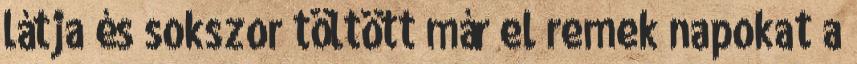
látja és sokszor töltött már el remek napokat a